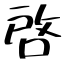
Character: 啓